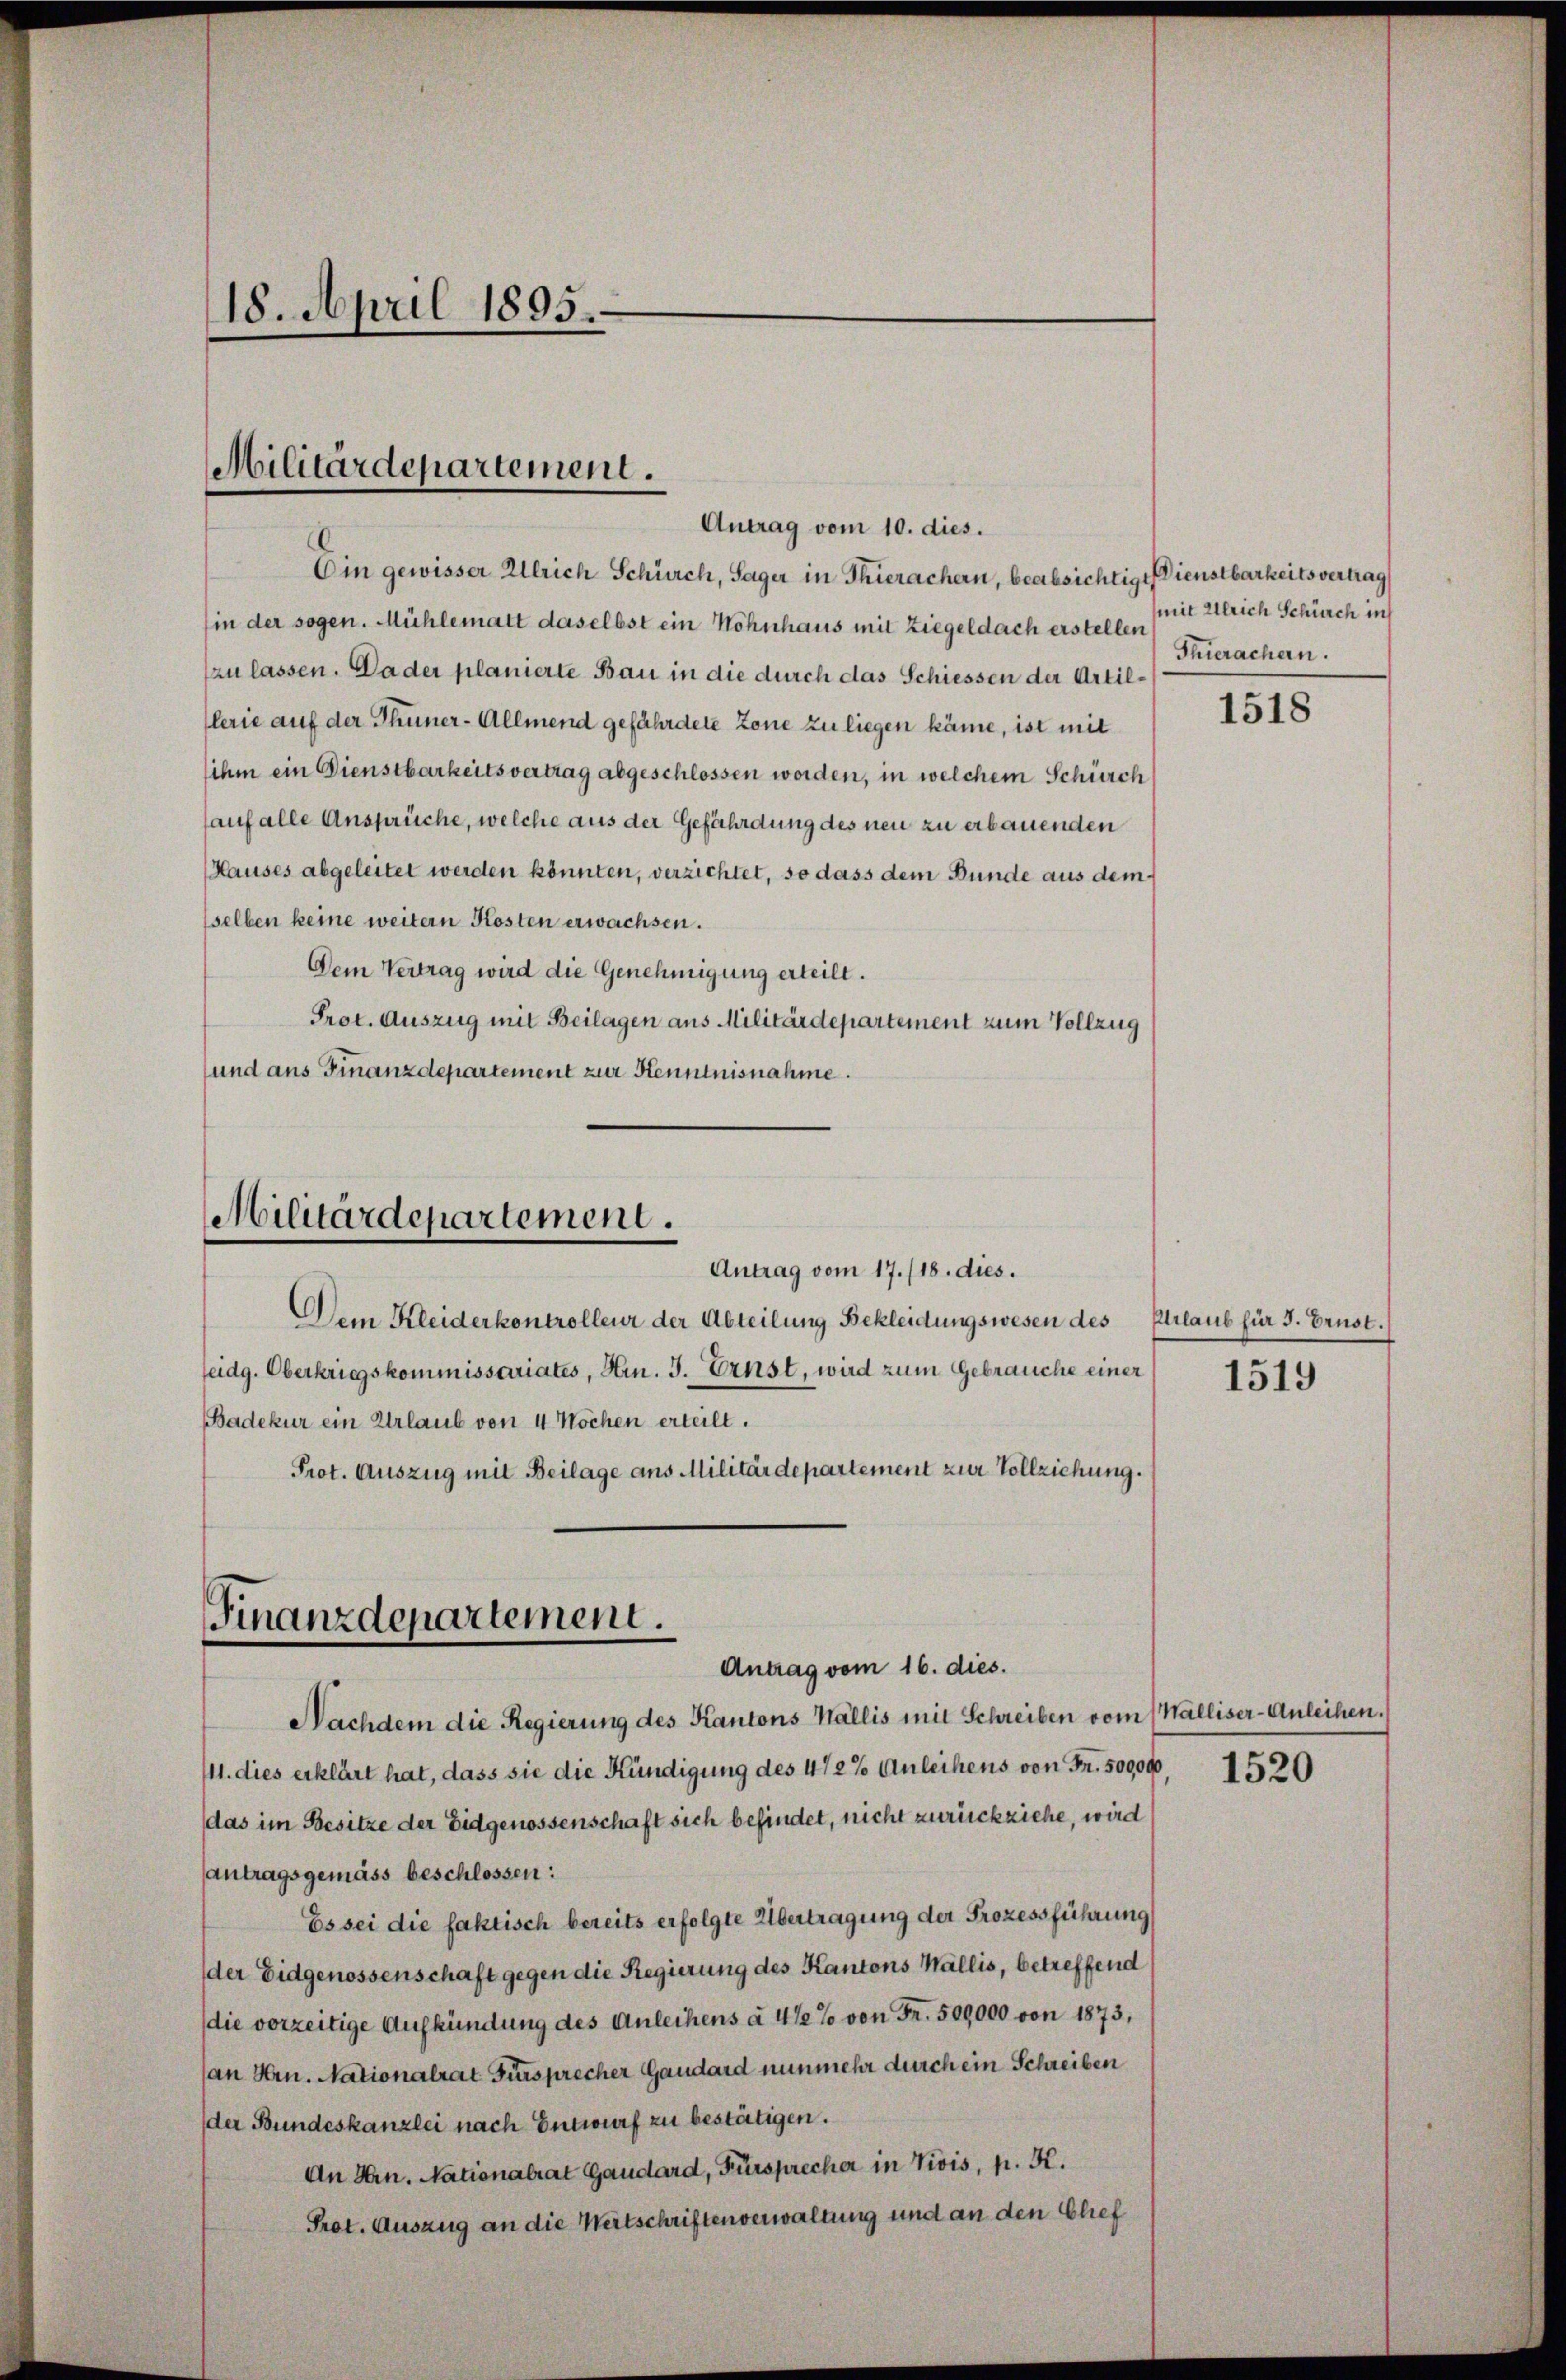
18. April 1895.

Militärdepartement.

Ein gewisser Alleich Schürch, Sager in Thierachern, beabsichtige Dienstbarkeitsvertrag
in der sogen. Mühlematt daselbst ein Wohnhaus mit Ziegeldach erstellen dritt Ulrich Schürch in
zu lassen. Da der planierte Bau in die durch das Schiessen der Artillerie auf der Thuner-Allmend gefährdete Zone zu liegen käme, ist mit
sihm ein Dienstbarkeitsvertrag abgeschlossen worden, in welchem Schürch
hauf alle Ansprüche, welche aus der Gefährdung des neu zu erbauenden
Hauses abgeleitet werden könnten, verzichtet, so dass dem Bunde aus dem
sselben keine weitern Kosten erwachsen.
Dem Vertrag wird die Genehmigung erteilt.
Prot. Auszug mit Beilagen aus Militärdepartement zum Vollzug
und aus Finanzdepartement zur Kenntnisnahme.

Antrag vom 10. dies.

Militärdepartement.
Antrag vom 17./18. dies.

Dem Kleiderkontrolleur der Abteilung Bekleidungswesen des
seidg. Oberkriegskommissariates, Hrn. 3. Ernst, wird zum Gebrauche einer
Badekur ein Urlaub von 4 Wochen erteilt.
Prot. Auszug mit Beilage aus Militärdepartement zur Vollziehung.

Finanzdepartement.
Antrag vom 16. dies.

Nachdem die Regierung des Kantons Wallis mit Schreiben vom Walliser-Anleihen.
/11. dies erklärt hat, dass sie die Kündigung des 472% Anleihens von Fr. 500,000,
das im Besitze der Eidgenossenschaft sich befindet, nicht zurückziehe, wird
antragsgemäss beschlossen:
Es sei die faktisch bereits erfolgte Übertragung der Prozessführung
der Eidgenossenschaft gegen die Regierung des Kantons Wallis, betreffend
(die vorzeitige Aufkündung des Anleihens à 4%% von Fr. 509000 von 1873,
(an Hrn. Nationalrat Fürsprecher Gaudard nunmehr durch ein Schreiben
der Bundeskanzlei nach Entwurf zu bestätigen.
An Hrn. Nationalrat Gaudard, Fürsprecher in Viois, p. K.
Prot. Auszug an die Wertschriften verwaltung und an den Glief

Thierachern.

1518

Plrlaub für 5. Ernst.

1519

1520